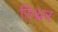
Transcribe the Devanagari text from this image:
स्थ्रिर